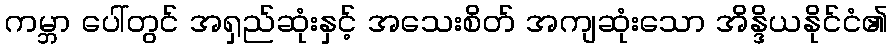
ကမ္ဘာ ပေါ်တွင် အရှည်ဆုံးနှင့် အသေးစိတ် အကျဆုံးသော အိန္ဒိယနိုင်ငံ၏